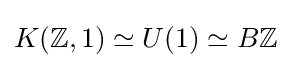
K(\mathbb {Z} ,1)\simeq U(1)\simeq B\mathbb {Z}